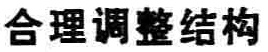
合理调整结构